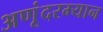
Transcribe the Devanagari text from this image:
अणूंदरम्यान